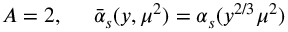
A = 2 , \; \; \; \; \; \bar { \alpha } _ { s } ( y , \mu ^ { 2 } ) = \alpha _ { s } ( y ^ { 2 / 3 } \mu ^ { 2 } )